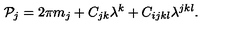
{ \cal P } _ { j } = 2 \pi m _ { j } + C _ { j k } \lambda ^ { k } + C _ { i j k l } \lambda ^ { j k l } .